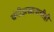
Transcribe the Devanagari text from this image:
चंगीझखानाचीही